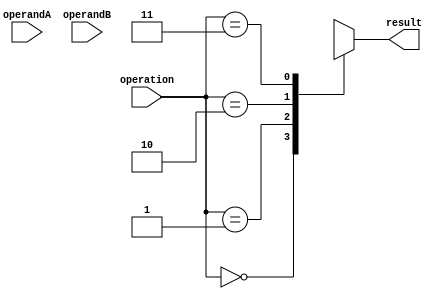
module triple_precision_unit (
    input [63:0] operandA,
    input [63:0] operandB,
    input [1:0] operation,
    output reg [63:0] result
);

// Define IEEE 754 standard parameters
parameter EXPONENT_WIDTH = 15;
parameter FRACTION_WIDTH = 48;

// Components
reg [62:0] mantissaA;
reg [62:0] mantissaB;
reg [EXPONENT_WIDTH-1:0] exponentA;
reg [EXPONENT_WIDTH-1:0] exponentB;
reg signA;
reg signB;

// Decode operands
assign mantissaA = operandA[62:0];
assign mantissaB = operandB[62:0];
assign exponentA = operandA[63:48];
assign exponentB = operandB[63:48];
assign signA = operandA[63];
assign signB = operandB[63];

// Perform operation based on operation code
always @* begin
    case(operation)
        2'b00: result = addition(operandA, operandB);
        2'b01: result = subtraction(operandA, operandB);
        2'b10: result = multiplication(operandA, operandB);
        2'b11: result = division(operandA, operandB);
    endcase
end

// Function to perform addition
function [63:0] addition;
    input [63:0] a;
    input [63:0] b;
    // Add logic here
endfunction

// Function to perform subtraction
function [63:0] subtraction;
    input [63:0] a;
    input [63:0] b;
    // Subtraction logic here
endfunction

// Function to perform multiplication
function [63:0] multiplication;
    input [63:0] a;
    input [63:0] b;
    // Multiplication logic here
endfunction

// Function to perform division
function [63:0] division;
    input [63:0] a;
    input [63:0] b;
    // Division logic here
endfunction

endmodule